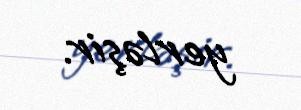
yerləşir.